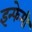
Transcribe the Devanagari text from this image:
इन्फेमी